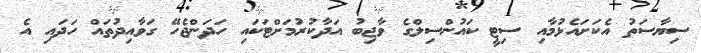
ސިޔާސަތު އެކަށައެޅުމާއި ސިޓީ ކައުންސިލްގެ ވާޖިބު އަދާކުރުމަށްޓަކައި ހަދަންޖެހޭ ގަވާއިދުތައް ހަދައި އެ